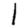
Digit: 1